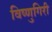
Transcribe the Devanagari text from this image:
विष्णुगिरी